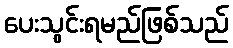
ပေးသွင်းရမည်ဖြစ်သည်